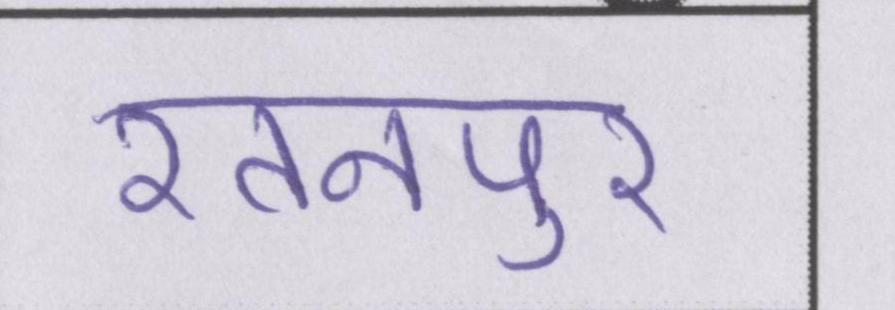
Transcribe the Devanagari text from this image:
रतनपुर